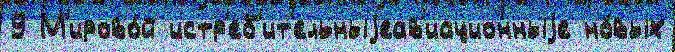
9 М'ирово́й истр'еб'ит'ельныjеав'иационныjе но́вых